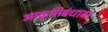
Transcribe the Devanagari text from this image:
आकृतिबंधावर